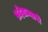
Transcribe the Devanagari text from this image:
प्रदेशव्यापी